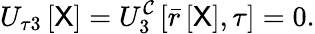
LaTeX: U_{\tau 3}\left[\mathsf{X}\right]=U_{3}^{\mathcal{C}}\left[\bar{r}\left[\mathsf{X}\right],\tau\right]=0.